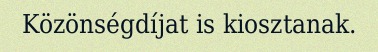
Közönségdíjat is kiosztanak.